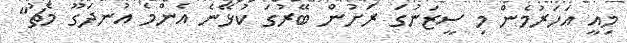
މިއީ އަހަރުމެން މި ސީޒަނުގަ ރަށުން ބޭރުގަ ކުޅޭނެ އެންމެ އުނދަގޫ މެޗު"